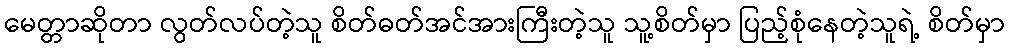
မေတ္တာဆိုတာ လွတ်လပ်တဲ့သူ စိတ်ဓတ်အင်အားကြီးတဲ့သူ သူ့စိတ်မှာ ပြည့်စုံနေတဲ့သူရဲ့ စိတ်မှာ